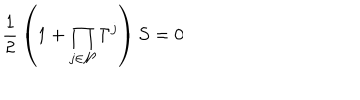
{ \frac { 1 } { 2 } } \left( 1 + \prod _ { j \in { \cal N } } \Gamma ^ { j } \right) S = 0